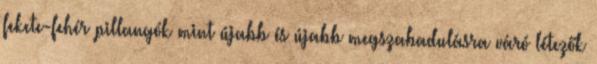
fekete-fehér pillangók mint újabb és újabb megszabadulásra váró létezők